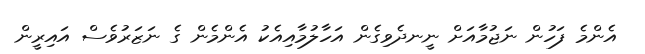
އެންމެ ފަހުން ނަޖުމާއަށް ނީނދެވިގެން އަހާލުމާއިއެކު އެންމެން ގެ ނަޒަރުވެސް އައިރީން